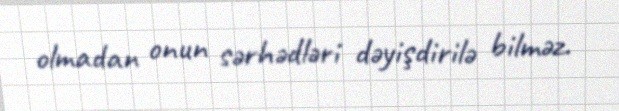
olmadan onun sərhədləri dəyişdirilə bilməz.